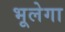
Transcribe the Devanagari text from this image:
भूलेगा